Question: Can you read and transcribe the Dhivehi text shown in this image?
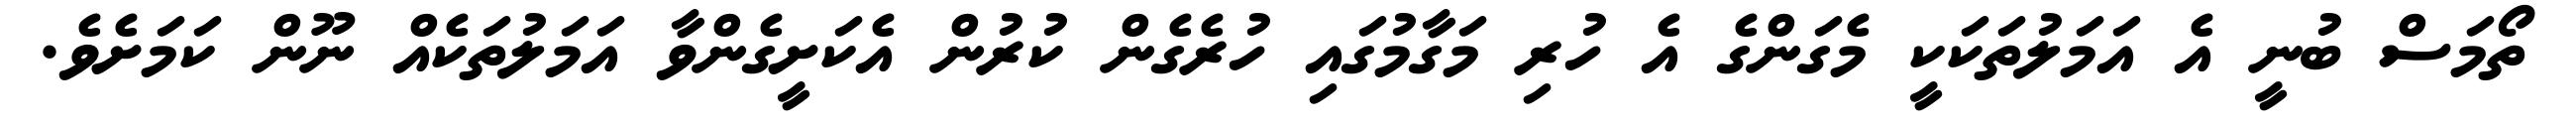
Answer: ތޯމަސް ބުނީ އެ އަމަލުތަކަކީ މެގަންގެ އެ ހުރި މަގާމުގައި ހުރެގެން ކުރުން އެކަށީގެންވާ އަމަލުތަކެއް ނޫން ކަމަށެވެ.